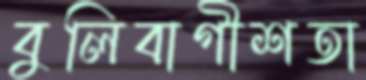
বুলিবাগীশতা